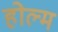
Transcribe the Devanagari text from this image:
होल्म